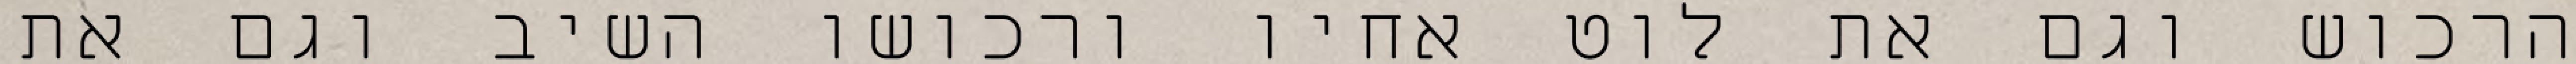
הרכוש וגם את לוט אחיו ורכושו השיב וגם את